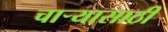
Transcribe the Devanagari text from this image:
चार्‍यासाठी